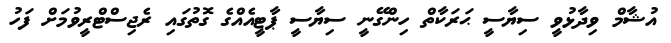
އުޝާމް ވިދާޅުވީ ސިޔާސީ ޙަރަކާތް ހިންގޭނީ ސިޔާސީ ޕާޓީއެއްގެ ގޮތުގައި ރެޖިސްޓްރީވުމަށް ފަހު